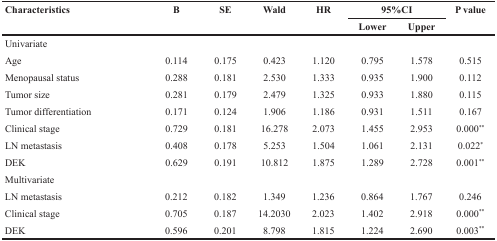
<table><thead><tr><td><b>Characteristics</b></td><td><b>B</b></td><td><b>SE</b></td><td><b>Wald</b></td><td><b>HR</b></td><td colspan="2"><b>95%CI</b></td><td><b>P value</b></td></tr><tr><td></td><td></td><td></td><td></td><td></td><td><b>Lower</b></td><td><b>Upper</b></td><td></td></tr></thead><tbody><tr><td>Univariate</td><td></td><td></td><td></td><td></td><td></td><td></td><td></td></tr><tr><td>Age</td><td>0.114</td><td>0.175</td><td>0.423</td><td>1.120</td><td>0.795</td><td>1.578</td><td>0.515</td></tr><tr><td>Menopausal status</td><td>0.288</td><td>0.181</td><td>2.530</td><td>1.333</td><td>0.935</td><td>1.900</td><td>0.112</td></tr><tr><td>Tumor size</td><td>0.281</td><td>0.179</td><td>2.479</td><td>1.325</td><td>0.933</td><td>1.880</td><td>0.115</td></tr><tr><td>Tumor differentiation</td><td>0.171</td><td>0.124</td><td>1.906</td><td>1.186</td><td>0.931</td><td>1.511</td><td>0.167</td></tr><tr><td>Clinical stage</td><td>0.729</td><td>0.181</td><td>16.278</td><td>2.073</td><td>1.455</td><td>2.953</td><td>0.000<sup>**</sup></td></tr><tr><td>LN metastasis</td><td>0.408</td><td>0.178</td><td>5.253</td><td>1.504</td><td>1.061</td><td>2.131</td><td>0.022<sup>*</sup></td></tr><tr><td>DEK</td><td>0.629</td><td>0.191</td><td>10.812</td><td>1.875</td><td>1.289</td><td>2.728</td><td>0.001<sup>**</sup></td></tr><tr><td>Multivariate</td><td></td><td></td><td></td><td></td><td></td><td></td><td></td></tr><tr><td>LN metastasis</td><td>0.212</td><td>0.182</td><td>1.349</td><td>1.236</td><td>0.864</td><td>1.767</td><td>0.246</td></tr><tr><td>Clinical stage</td><td>0.705</td><td>0.187</td><td>14.2030</td><td>2.023</td><td>1.402</td><td>2.918</td><td>0.000<sup>**</sup></td></tr><tr><td>DEK</td><td>0.596</td><td>0.201</td><td>8.798</td><td>1.815</td><td>1.224</td><td>2.690</td><td>0.003<sup>**</sup></td></tr></tbody></table>